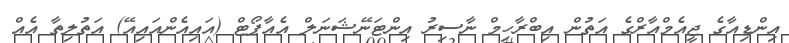
އިންޑިއާގެ ޖީއެމްއާރްގެ އަތުން އިބްރާހިމް ނާސިރު އިންޓަނޭޝަނަލް އެއާޕޯޓް (އައިއެންއައިއޭ) އަތުލިތާ އެއް